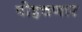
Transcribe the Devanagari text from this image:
पोहचणार